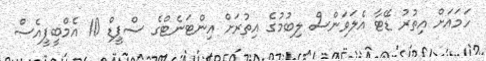
ހަމައަށް އިތުރު ޑޭޓާ އެލަވަންސް ލިބުމުގެ އިތުރަށް އިންޓަނެޓްގެ ސްޕީޑް 10 އެމްބީޕީއެސް